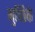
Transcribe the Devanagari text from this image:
गुच्छिके